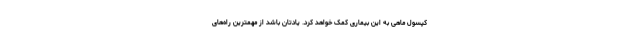
کپسول ماهی به این بیماری کمک خواهد کرد. یادتان باشد از مهمترین راه‌های